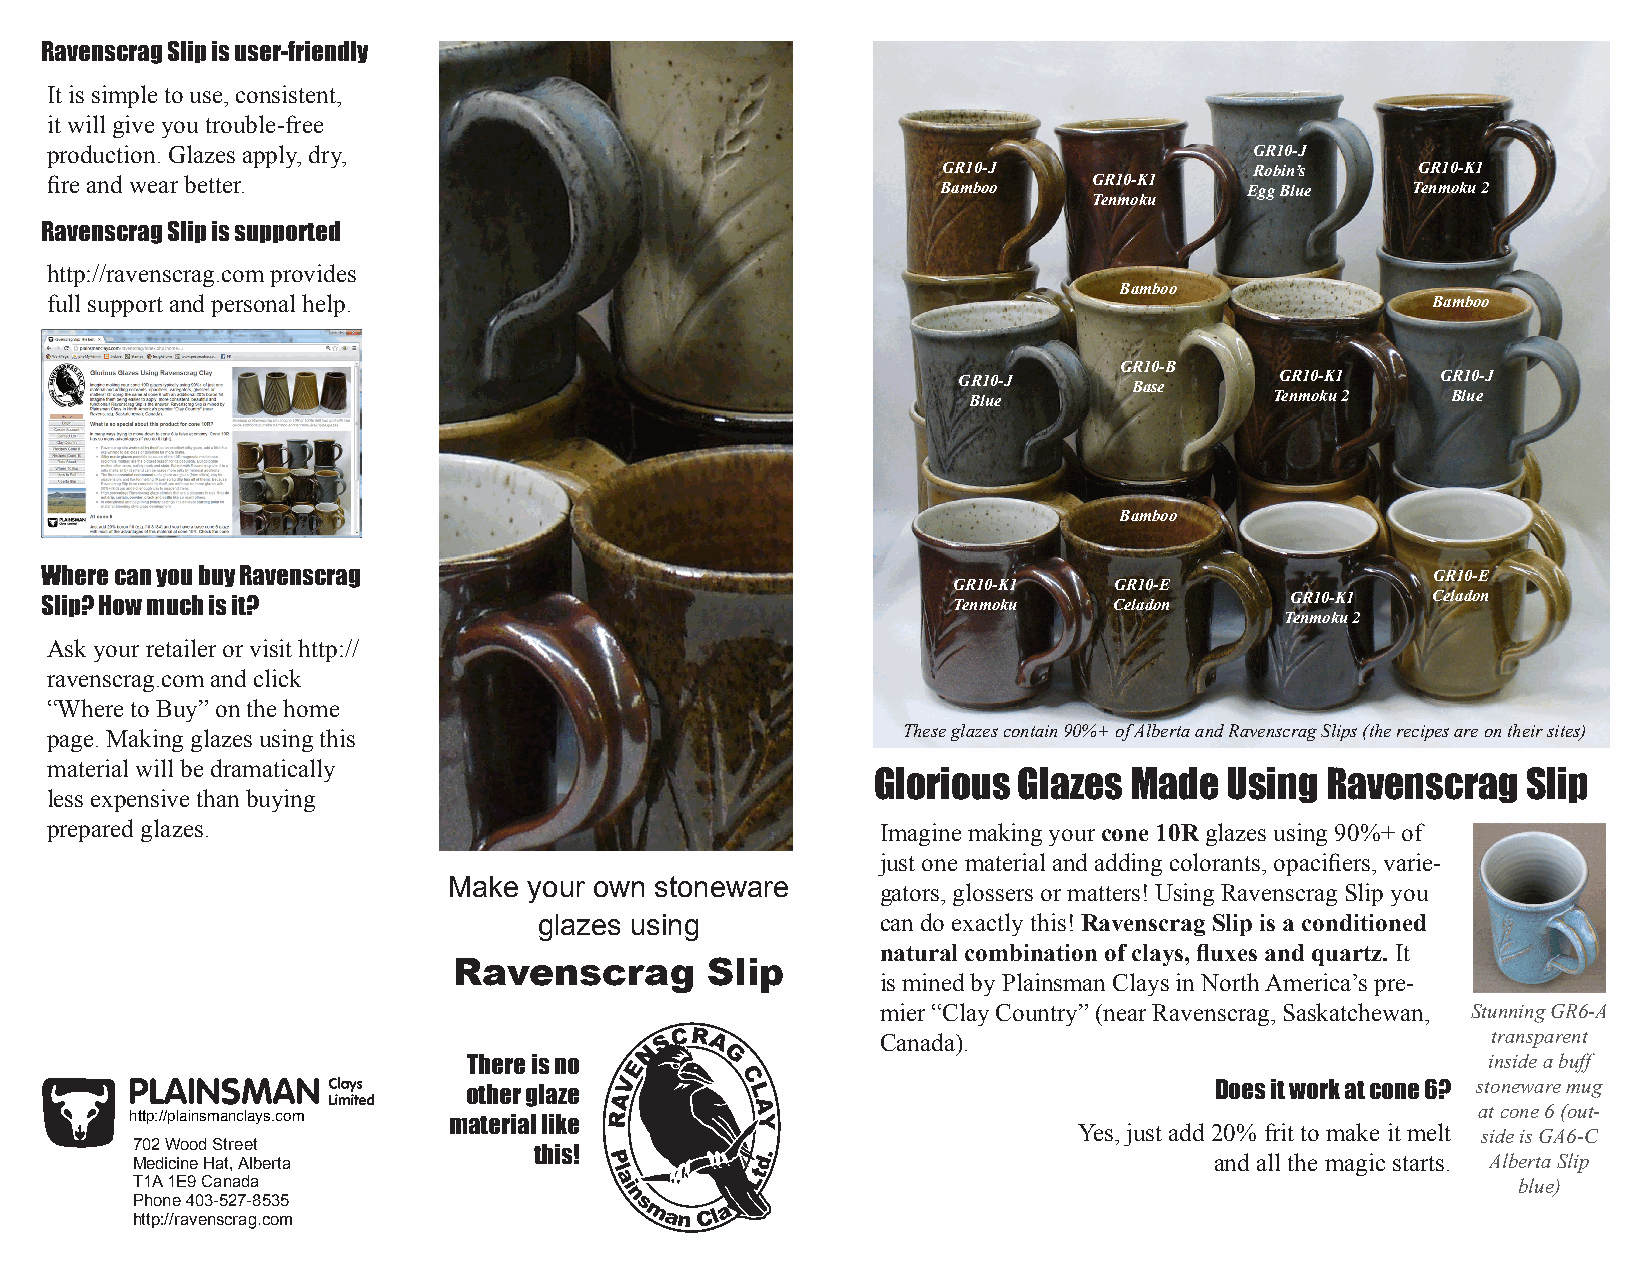
Ravenscrag Slip is user-friendly
 It is simple to use, consistent,
 it will give you trouble-free
 production. Glazes apply, dry,                                                  GR10-J
 GR10-J               Robin’s    GR10-K1
 fire and wear better.                                      Bamboo    GR10-K1    Egg Blue  Tenmoku 2
 Tenmoku
 Ravenscrag Slip is supported
 http://ravenscrag.com provides
 Bamboo
 full support and personal help.                                                             Bamboo
 GR10-B
 GR10-J      Base      GR10-K1   GR10-J
 Blue                Tenmoku 2   Blue
 Bamboo
 Where can you buy Ravenscrag                                                                GR10-E
 GR10-K1    GR10-E
 GR10-K1   Celadon
 Slip? How much is it?                                       Tenmoku    Celadon
 Tenmoku 2
 Ask your retailer or visit http://
 ravenscrag.com and click
 “Where to Buy” on the home
 page. Making glazes using this                           These glazes contain 90%+ of Alberta and Ravenscrag Slips (the recipes are on their sites)
 material will be dramatically
 Glorious Glazes  Made  Using  Ravenscrag   Slip
 less expensive than buying
 prepared glazes.                                       Imagine making your cone 10R glazes using 90%+ of
 just one material and adding colorants, opacifiers, varie-
 Make your own stoneware     gators, glossers or matters! Using Ravenscrag Slip you
 glazes using          can do exactly this! Ravenscrag Slip is a conditioned
 natural combination of clays, fluxes and quartz. It
 Ravenscrag       Slip
 is mined by Plainsman Clays in North America’s pre-
 mier “Clay Country” (near Ravenscrag, Saskatchewan, Stunning GR6-A
 Canada).                                 transparent
 There is no                                                        inside a buff
 other glaze                                      Does it work at cone 6? stoneware mug
 at cone 6 (out-
 http://plainsmanclays.com
 material like                            Yes, just add 20% frit to make it melt side is GA6-C
 702 Wood Street
 Medicine Hat, Alberta     this!                                        and all the magic starts. Alberta Slip
 T1A 1E9 Canada                                                                             blue)
 Phone 403-527-8535
 http://ravenscrag.com